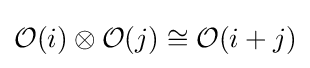
{\mathcal {O}}(i)\otimes {\mathcal {O}}(j)\cong {\mathcal {O}}(i+j)